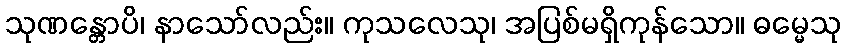
သုဏန္တောပိ၊ နာသော်လည်း။ ကုသလေသု၊ အပြစ်မရှိကုန်သော။ ဓမ္မေသု